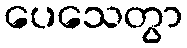
ပေသေတွာ